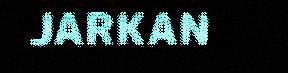
JARKAN